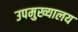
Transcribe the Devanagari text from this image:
उपमुख्यालय